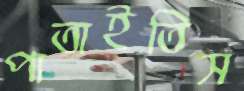
পাতাইতিস